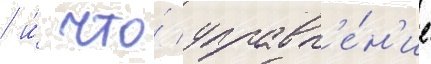
/ и́ что́ управл'е́н'ие